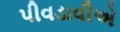
પીવડાવીએ